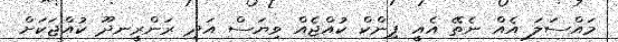
މައްސަލަ އެއް ނެތޭ އެއީ ޕިންކް ކުއްޖެއް ވިޔަސް އަދި ރަންރީނދޫ ކުއްޖަކަށް